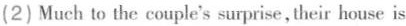
(2) Much to the couple's surprise,their house is